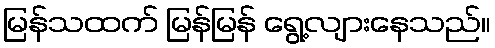
မြန်သထက် မြန်မြန် ရွေ့လျားနေသည်။